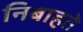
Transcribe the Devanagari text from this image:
निबाहते